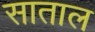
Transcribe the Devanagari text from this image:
साताल